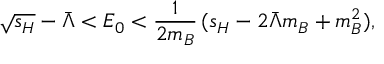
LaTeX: \sqrt { s _ { H } } - \bar { \Lambda } < E _ { 0 } < { \frac { 1 } { 2 m _ { B } } } \, ( s _ { H } - 2 \bar { \Lambda } m _ { B } + m _ { B } ^ { 2 } ) ,